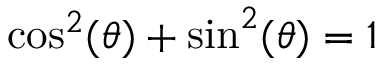
\cos ^ { 2 } ( \theta ) + \sin ^ { 2 } ( \theta ) = 1